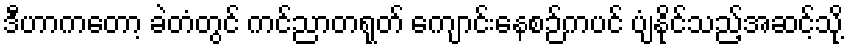
ဒီဟာကတော့ ခဲတံတွင် ကင်ညာတရုတ် ကျောင်းနေစဉ်ကပင် ပျံနိုင်သည့်အဆင့်သို့